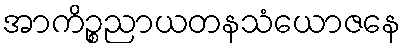
အာကိဉ္စညာယတနသံယောဇနေ